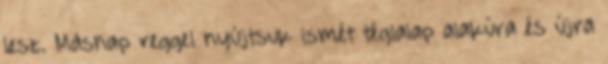
lesz. Másnap reggel nyújtsuk ismét téglalap alakúra és újra